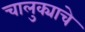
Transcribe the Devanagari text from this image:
चालुक्याचे